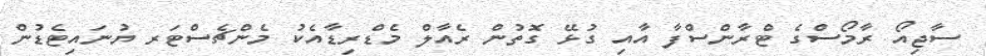
ސާޖިއޯ ރާމޯސްގެ ޓްރާންސްފާ އާއި ގުޅޭ ގޮތުން ރެއާލް މެޑްރިޑާއެކު މެންޗެސްޓަރ ޔުނައިޓެޑުން